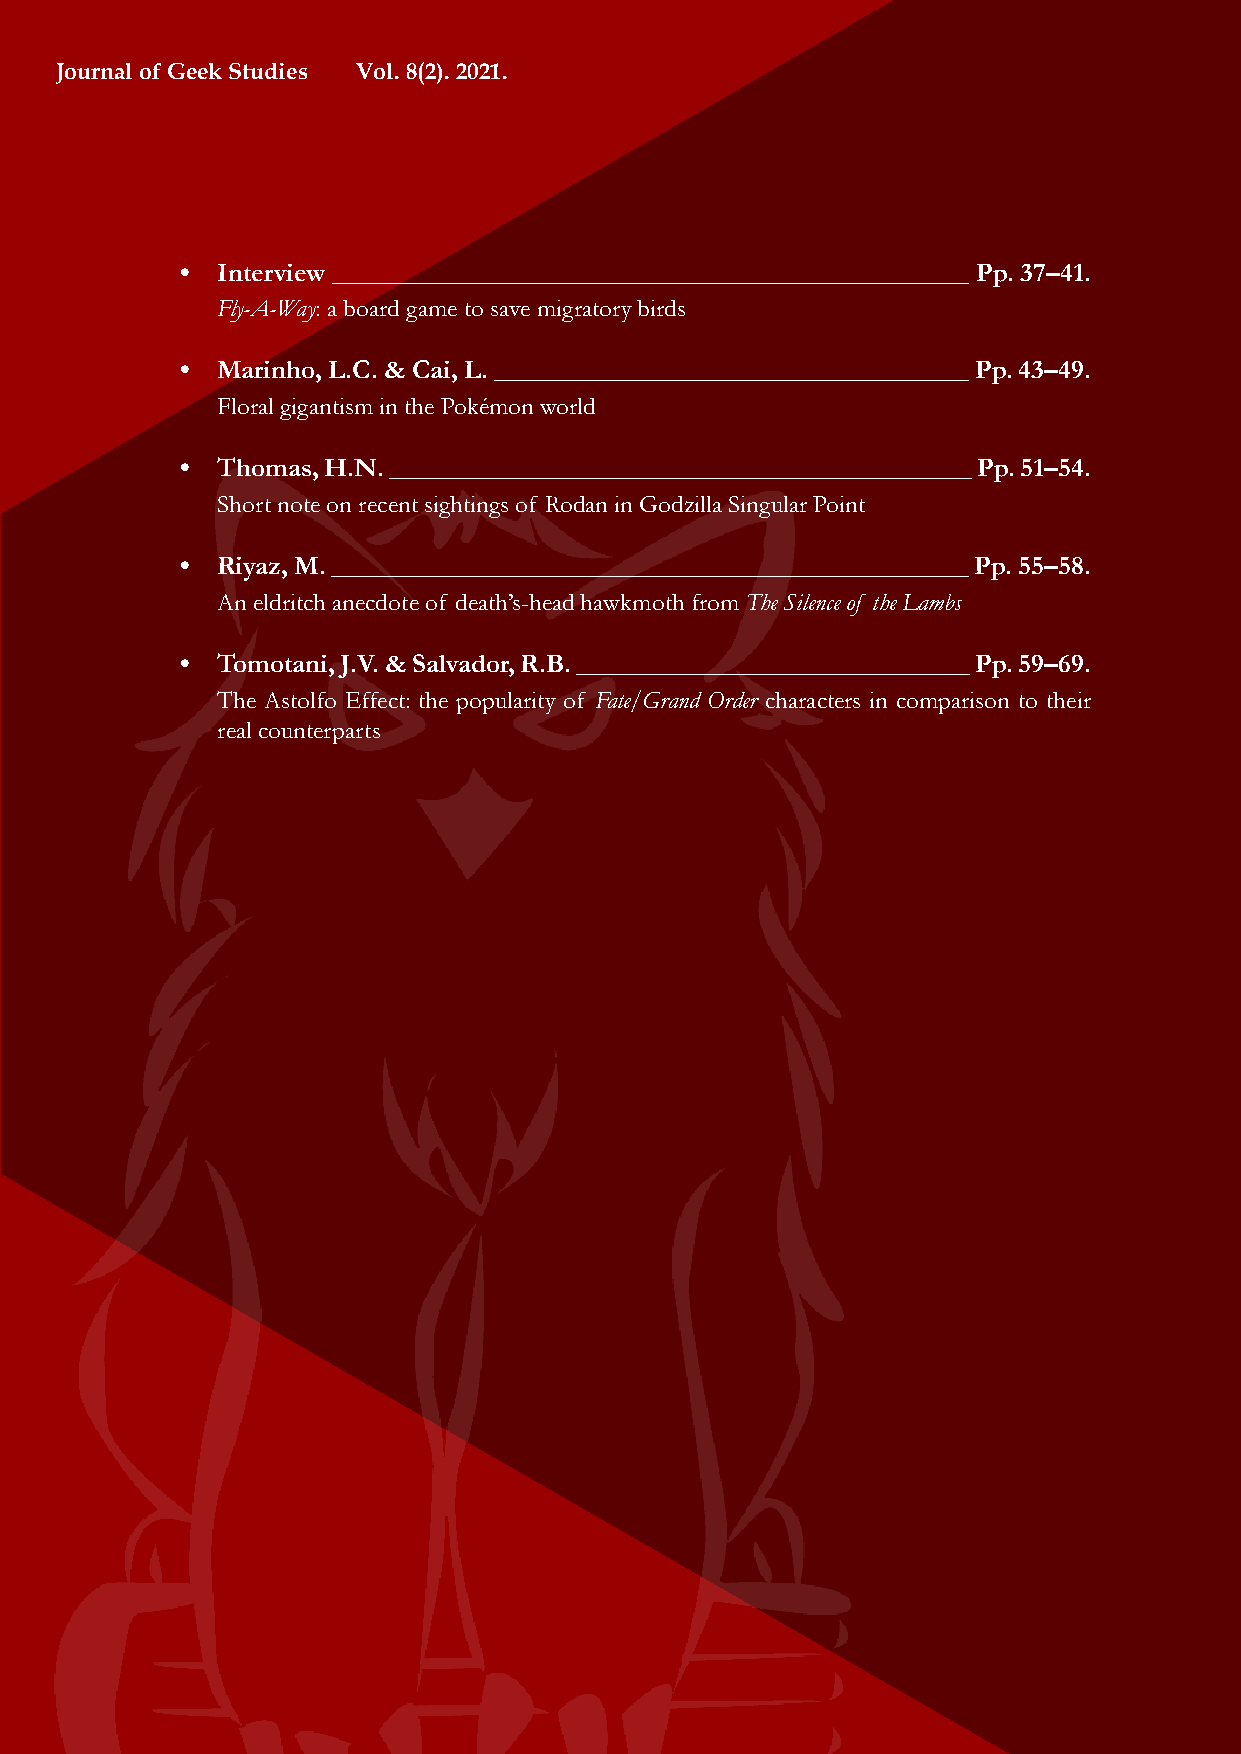
Journal of Geek Studies Vol. 8(2). 2021.
 • Interview _______________________________________________ Pp. 37–41.
 Fly-A-Way: a board game to save migratory birds
 • Marinho, L.C. & Cai, L. ___________________________________ Pp. 43–49.
 Floral gigantism in the Pokémon world
 • Thomas, H.N. ___________________________________________ Pp. 51–54.
 Short note on recent sightings of Rodan in Godzilla Singular Point
 • Riyaz, M. _______________________________________________ Pp. 55–58.
 An eldritch anecdote of death’s-head hawkmoth from The Silence of the Lambs
 • Tomotani, J.V. & Salvador, R.B. _____________________________ Pp. 59–69.
 The Astolfo Effect: the popularity of Fate/Grand Order characters in comparison to their
 real counterparts